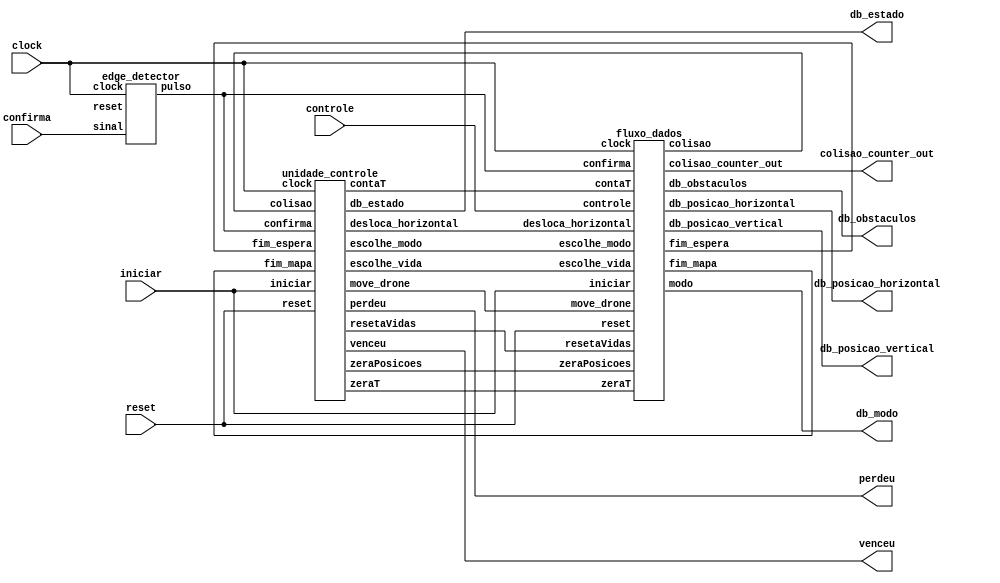
module simulador_drone(
    input clock,
    input reset,
    input iniciar,
    input [1:0] controle,
    input confirma,
    output venceu,
    output perdeu,
    output [3:0] db_posicao_horizontal,
    output [3:0] db_posicao_vertical,
    output [3:0] db_obstaculos,
    output [3:0] db_estado,
    output [1:0] db_modo,
    output [2:0] colisao_counter_out
);

wire move_drone, desloca_horizontal, zeraPosicoes, colisao, fim_espera, fim_mapa, contaT, zeraT, escolhe_modo, escolhe_vida, resetaVidas, confirma_pulso;

//wire [3:0] posicao_horizontal, posicao_vertical;


fluxo_dados fd(
    .reset(reset),
    .iniciar(iniciar),
    .controle(controle),
    .confirma(confirma_pulso),
    .clock(clock),
    .zeraPosicoes(zeraPosicoes),
    .resetaVidas(resetaVidas),
    .contaT(contaT),
    .zeraT(zeraT),
    .move_drone(move_drone),
    .desloca_horizontal(desloca_horizontal),
    .escolhe_modo(escolhe_modo),
    .escolhe_vida(escolhe_vida),
    .colisao(colisao),
    .fim_espera(fim_espera),
    .fim_mapa(fim_mapa),
    .db_posicao_horizontal(db_posicao_horizontal),
    .db_posicao_vertical(db_posicao_vertical),
    .db_obstaculos(db_obstaculos),
    .modo(db_modo),
    .colisao_counter_out(colisao_counter_out)
);
unidade_controle uc(
    .clock(clock),
    .reset(reset),
    .iniciar(iniciar),
    .confirma(confirma_pulso),
    .fim_espera(fim_espera),
    .fim_mapa(fim_mapa),
    .colisao(colisao),
    .zeraPosicoes(zeraPosicoes),
    .contaT(contaT),
    .zeraT(zeraT),
    .escolhe_modo(escolhe_modo),
    .escolhe_vida(escolhe_vida),
    .move_drone(move_drone),
    .resetaVidas(resetaVidas),
    .desloca_horizontal(desloca_horizontal),
    .venceu(venceu),
    .perdeu(perdeu),
    .db_estado(db_estado)
);

edge_detector confirma_edge(
    .clock(clock),
    .reset(),
    .sinal(confirma),
    .pulso(confirma_pulso)
);

endmodule



//------------------------------------------------------------------
// Arquivo   : sync_ram_16x4_file.v
// Projeto   : Experiencia 7 - Projeto do Jogo do Desafio da Memria
 
//------------------------------------------------------------------
// Descricao : RAM sincrona 16x4
//
//   - conteudo inicial armazenado em arquivo .txt
//   - descricao baseada em template 'single_port_ram_with_init.v' 
//     do Intel Quartus Prime
//             
//------------------------------------------------------------------
// Revisoes  :
//     Data        Versao  Autor             Descricao
//     02/02/2024  1.0     Edson Midorikawa  versao inicial
//------------------------------------------------------------------
//

module sync_ram_16x4_file #(
    parameter BINFILE = "ram_init.txt"
)
(
    input        clk,
    input        we,
    input  [3:0] data,
    input  [3:0] addr,
    output [3:0] q
);

    // Variavel RAM (armazena dados)
    reg [3:0] ram[15:0];

    // Registra endereco de acesso
    reg [3:0] addr_reg;

    // Especifica conteudo inicial da RAM
    // a partir da leitura de arquivo usando $readmemb
    initial 
    begin : INICIA_RAM
        // leitura do conteudo a partir de um arquivo
        //$readmemb(BINFILE, ram);
        ram[0] <= 4'b0000;
        ram[1] <= 4'b0010;
        ram[2] <= 4'b0100;
        ram[3] <= 4'b1000;
        ram[4] <= 4'b0100;
        ram[5] <= 4'b0010;
        ram[6] <= 4'b0001;
        ram[7] <= 4'b0001;
        ram[8] <= 4'b0010;
        ram[9] <= 4'b0010;
        ram[10] <= 4'b0100;
        ram[11] <= 4'b0100;
        ram[12] <= 4'b1000;
        ram[13] <= 4'b1000;
        ram[14] <= 4'b0001;
        ram[15] <= 4'b0100;

    end 

    always @ (posedge clk)
    begin
        // Escrita da memoria
        if (we)
            ram[addr] <= data;

        addr_reg <= addr;
    end

    // Atribuicao continua retorna dado
    assign q = ram[addr_reg];

endmodule//------------------------------------------------------------------
// Arquivo   : contador_163.v
// Projeto   : Experiencia 3 - Um Fluxo de Dados Simples
//------------------------------------------------------------------
// Descricao : Contador binario de 4 bits, modulo 16
//             similar ao componente 74163
//
// baseado no componente Vrcntr4u.v do livro Digital Design Principles 
// and Practices, Fifth Edition, by John F. Wakerly              
//------------------------------------------------------------------
// Revisoes  :
//     Data        Versao  Autor             Descricao
//     14/12/2023  1.0     Edson Midorikawa  versao inicial
//------------------------------------------------------------------
//
module contador_163 ( clock, clr, ld, ent, enp, D, Q, rco );
    input clock, clr, ld, ent, enp;
    input [3:0] D;
    output reg [3:0] Q;
    output reg rco;

    always @ (posedge clock)
        if (~clr)               Q <= 4'd0;
        else if (~ld)           Q <= D;
        else if (ent && enp)    Q <= Q + 1;
        else                    Q <= Q;
 
    always @ (Q or ent)
        if (ent && (Q == 4'd15))   rco = 1;
        else                       rco = 0;
endmodule/* -----------------------------------------------------------------
 *  Arquivo   : comparador_85.v
 *  Projeto   : Experiencia 3 - Um Fluxo de Dados Simples
 * -----------------------------------------------------------------
 * Descricao : comparador de magnitude de 4 bits 
 *             similar ao CI 7485
 *             baseado em descricao comportamental disponivel em	
 * https://web.eecs.umich.edu/~jhayes/iscas.restore/74L85b.v
 * -----------------------------------------------------------------
 * Revisoes  :
 *     Data        Versao  Autor             Descricao
 *     21/12/2023  1.0     Edson Midorikawa  criacao
 * -----------------------------------------------------------------
 */

module comparador_85 (ALBi, AGBi, AEBi, A, B, ALBo, AGBo, AEBo);

    input[3:0] A, B;
    input      ALBi, AGBi, AEBi;
    output     ALBo, AGBo, AEBo;
    wire[4:0]  CSL, CSG;

    assign CSL  = ~A + B + ALBi;
    assign ALBo = ~CSL[4];
    assign CSG  = A + ~B + AGBi;
    assign AGBo = ~CSG[4];
    assign AEBo = ((A == B) && AEBi);

endmodule /* comparador_85 */
module contador_4_mais_menos_limitado ( clock, clr, ld, soma, sub, enp, D, Q, rco);
    input clock, clr, ld, enp, soma, sub;
    input [1:0] D;
    output reg [1:0] Q;
    output reg rco;

    always @ (posedge clock)
        if (~clr)               Q <= 2'b0;
        else if (~ld)           Q <= D;
        else if (enp) begin
            if (soma == 1 && Q!=2'b11)        Q <= Q + 1;
            else if (sub == 1 && Q!=2'b00)     Q <= Q - 1;
        end
        else                    Q <= Q;
 
    always @ (Q or enp)
        if (enp && (Q == 2'b00))   rco = 1;
        else                       rco = 0;
endmodule//------------------------------------------------------------------
// Arquivo   : contador_163.v
// Projeto   : Experiencia 3 - Um Fluxo de Dados Simples
//------------------------------------------------------------------
// Descricao : Contador binario de 4 bits, modulo 16
//             similar ao componente 74163
//
// baseado no componente Vrcntr4u.v do livro Digital Design Principles 
// and Practices, Fifth Edition, by John F. Wakerly              
//------------------------------------------------------------------
// Revisoes  :
//     Data        Versao  Autor             Descricao
//     14/12/2023  1.0     Edson Midorikawa  versao inicial
//------------------------------------------------------------------
//
module contador_5 ( clock, clr, ld, ent, enp, D, Q, rco );
    input clock, clr, ld, ent, enp;
    input [2:0] D;
    output reg [2:0] Q;
    output reg rco;

    always @ (posedge clock)
        if (~clr)               Q <= 3'd0;
        else if (~ld)           Q <= D;
        else if (ent && enp)    Q <= Q + 1;
        else                    Q <= Q;
 
    always @ (Q or ent)
        if (ent && (Q == 3'b111))   rco = 1;
        else                       rco = 0;
endmodule
module contador_1_5_mais_menos_limitado ( clock, clr, ld, soma, sub, enp, D, Q, rco);
    input clock, clr, ld, enp, soma, sub;
    input [2:0] D;
    output reg [2:0] Q;
    output reg rco;

    always @ (posedge clock)
        if (~clr)               Q <= 3'b000;
        else if (~ld)           Q <= D;
        else if (enp) begin
            if (soma == 1 && Q!=3'b101)        Q <= Q + 1;
            else if (sub == 1 && Q!=3'b001)     Q <= Q - 1;
        end
        else                    Q <= Q;
 
    always @ (Q or enp)
        if (enp && (Q == 3'b00))   rco = 1;
        else                       rco = 0;
endmodule
/*---------------Laboratorio Digital-------------------------------------
 * Arquivo   : contador_m.v
 * Projeto   : Experiencia 5 - Desenvolvimento de Projeto de 
 *                             Circuitos Digitais em FPGA
 *-----------------------------------------------------------------------
 * Descricao : contador binario, modulo m, com parametros 
 *             M (modulo do contador) e N (numero de bits),
 *             sinais para clear assincrono (zera_as) e sincrono (zera_s)
 *             e saidas de fim e meio de contagem
 *             
 *-----------------------------------------------------------------------
 * Revisoes  :
 *     Data        Versao  Autor             Descricao
 *     30/01/2024  1.0     Edson Midorikawa  criacao
 *-----------------------------------------------------------------------
 */

module contador_m_2 #(parameter M=2000, N=13)
  (
   input  wire          clock,
   input  wire          zera_as,
   input  wire          zera_s,
   input  wire          conta,
   output reg  [N-1:0]  Q,
   output reg           fim,
   output reg           meio
  );

  always @(posedge clock or posedge zera_as) begin
    if (zera_as) begin
      Q <= 0;
    end else if (clock) begin
      if (zera_s) begin
        Q <= 0;
      end else if (conta) begin
        if (Q == M-1) begin
          Q <= 0;
        end else begin
          Q <= Q + 1;
        end
      end
    end
  end

  // Saidas
  always @ (Q)
      if (Q == M-1)   fim = 1;
      else            fim = 0;

  always @ (Q)
      if (Q == M/2-1) meio = 1;
      else            meio = 0;

endmodule

/*---------------Laboratorio Digital-------------------------------------
 * Arquivo   : contador_m.v
 * Projeto   : Experiencia 5 - Desenvolvimento de Projeto de 
 *                             Circuitos Digitais em FPGA
 *-----------------------------------------------------------------------
 * Descricao : contador binario, modulo m, com parametros 
 *             M (modulo do contador) e N (numero de bits),
 *             sinais para clear assincrono (zera_as) e sincrono (zera_s)
 *             e saidas de fim e meio de contagem
 *             
 *-----------------------------------------------------------------------
 * Revisoes  :
 *     Data        Versao  Autor             Descricao
 *     30/01/2024  1.0     Edson Midorikawa  criacao
 *-----------------------------------------------------------------------
 */

module contador_m_1 #(parameter M=1000, N=11)
  (
   input  wire          clock,
   input  wire          zera_as,
   input  wire          zera_s,
   input  wire          conta,
   output reg  [N-1:0]  Q,
   output reg           fim,
   output reg           meio
  );

  always @(posedge clock or posedge zera_as) begin
    if (zera_as) begin
      Q <= 0;
    end else if (clock) begin
      if (zera_s) begin
        Q <= 0;
      end else if (conta) begin
        if (Q == M-1) begin
          Q <= 0;
        end else begin
          Q <= Q + 1;
        end
      end
    end
  end

  // Saidas
  always @ (Q)
      if (Q == M-1)   fim = 1;
      else            fim = 0;

  always @ (Q)
      if (Q == M/2-1) meio = 1;
      else            meio = 0;

endmodule

/*---------------Laboratorio Digital-------------------------------------
 * Arquivo   : contador_m.v
 * Projeto   : Experiencia 5 - Desenvolvimento de Projeto de 
 *                             Circuitos Digitais em FPGA
 *-----------------------------------------------------------------------
 * Descricao : contador binario, modulo m, com parametros 
 *             M (modulo do contador) e N (numero de bits),
 *             sinais para clear assincrono (zera_as) e sincrono (zera_s)
 *             e saidas de fim e meio de contagem
 *             
 *-----------------------------------------------------------------------
 * Revisoes  :
 *     Data        Versao  Autor             Descricao
 *     30/01/2024  1.0     Edson Midorikawa  criacao
 *-----------------------------------------------------------------------
 */

module contador_m_05 #(parameter M=500, N=10)
  (
   input  wire          clock,
   input  wire          zera_as,
   input  wire          zera_s,
   input  wire          conta,
   output reg  [N-1:0]  Q,
   output reg           fim,
   output reg           meio
  );

  always @(posedge clock or posedge zera_as) begin
    if (zera_as) begin
      Q <= 0;
    end else if (clock) begin
      if (zera_s) begin
        Q <= 0;
      end else if (conta) begin
        if (Q == M-1) begin
          Q <= 0;
        end else begin
          Q <= Q + 1;
        end
      end
    end
  end

  // Saidas
  always @ (Q)
      if (Q == M-1)   fim = 1;
      else            fim = 0;

  always @ (Q)
      if (Q == M/2-1) meio = 1;
      else            meio = 0;

endmodule
module converte_2b_4b( 
    input  [1:0] posicao_2b,
    output [3:0] posicao_4b
);


assign posicao_4b = posicao_2b == 2'b00 ? 4'b0001 :
                    posicao_2b == 2'b01 ? 4'b0010 :
                    posicao_2b == 2'b10 ? 4'b0100 :
                    posicao_2b == 2'b11 ? 4'b1000 : 4'bxxxx; 


endmodule/* ------------------------------------------------------------------------
 *  Arquivo   : edge_detector.v
 *  Projeto   : Experiencia 5 - Desenvolvimento de Projeto de
 *                              Circuitos Digitais com FPGA
 * ------------------------------------------------------------------------
 *  Descricao : detector de borda
 *              gera um pulso na saida de 1 periodo de clock
 *              a partir da detecao da borda de subida sa entrada
 * 
 *              sinal de reset ativo em alto
 * 
 *              > codigo adaptado a partir de codigo VHDL disponivel em
 *                https://surf-vhdl.com/how-to-design-a-good-edge-detector/
 * ------------------------------------------------------------------------
 *  Revisoes  :
 *      Data        Versao  Autor             Descricao
 *      26/01/2024  1.0     Edson Midorikawa  versao inicial
 * ------------------------------------------------------------------------
 */
 
module edge_detector (
    input  clock,
    input  reset,
    input  sinal,
    output pulso
);

    reg reg0;
    reg reg1;

    always @(posedge clock or posedge reset) begin
        if (reset) begin
            reg0 <= 1'b0;
            reg1 <= 1'b0;
        end else if (clock) begin
            reg0 <= sinal;
            reg1 <= reg0;
        end
    end

    assign pulso = ~reg1 & reg0;

endmodule
module fluxo_dados(
input reset,
input iniciar,
input [1:0] controle,
input confirma,
input clock,
input zeraPosicoes,
input resetaVidas,
input contaT,
input zeraT,
input move_drone,
input desloca_horizontal,
input escolhe_modo,
input escolhe_vida,
output colisao,
output fim_espera,
output fim_mapa,
output [3:0] db_posicao_horizontal,
output [3:0] db_posicao_vertical,
output [3:0] db_obstaculos,
output [1:0] modo,
output [2:0] colisao_counter_out
);

wire [1:0] posicao_vertical;
wire [3:0] obstaculos, posicao_horizontal;
wire [2:0] fim_espera_interno, vidas, colisao_counter;
wire [1:0] modo_interno;
wire [1:0] borda_controle;
wire borda, colisao_interno;


contador_163 contador_posicao_horizontal(
    .clock(clock),
    .clr(~zeraPosicoes),
    .ld(1'b1),
    .ent(1'b1),
    .enp(desloca_horizontal),
    .D(),
    .Q(posicao_horizontal),
    .rco(fim_mapa) 
);

contador_m_2 contador_tempo_jogada_facil(
    .clock(clock),
    .zera_as(1'b0),
    .zera_s(zeraT),
    .conta(contaT),
    .Q(),
    .fim(fim_espera_interno[0]),
    .meio()
);

contador_m_1 contador_tempo_jogada_medio(
    .clock(clock),
    .zera_as(1'b0),
    .zera_s(zeraT),
    .conta(contaT),
    .Q(),
    .fim(fim_espera_interno[1]),
    .meio()
);

contador_m_05 contador_tempo_jogada_dificl(
    .clock(clock),
    .zera_as(1'b0),
    .zera_s(zeraT),
    .conta(contaT),
    .Q(),
    .fim(fim_espera_interno[2]),
    .meio()
);

sync_ram_16x4_file mapa_jogo(
    .clk(clock),
    .we(1'b0),
    .data(4'b0),
    .addr(posicao_horizontal + 4'b0001),
    .q(obstaculos)
);

contador_4_mais_menos_limitado contador_posicao_vertical(
    .clock(clock), 
    .clr(1'b1), 
    .ld(~zeraPosicoes), 
    .soma(controle[0]), 
    .sub(controle[1]), 
    .enp(move_drone & borda), 
    .D(2'b10), 
    .Q(posicao_vertical), 
    .rco()
);


contador_3_mais_menos contador_modo( // 0 = FACIL, 1 = MEDIO, 2 = DIFICIL
    .clock(clock),
    .clr(~iniciar),
    .ld(1'b1),
    .soma(controle[0]),
    .sub(controle[1]),
    .enp(escolhe_modo & borda),
    .D(),
    .Q(modo_interno),
    .rco()
);

contador_1_5_mais_menos_limitado contador_vidas(
    .clock(clock), 
    .clr(1'b1), 
    .ld(~resetaVidas), 
    .soma(controle[0]), 
    .sub(controle[1]), 
    .enp(escolhe_vida & borda), 
    .D(3'b001), 
    .Q(vidas), 
    .rco()
);

contador_5 contador_colisao(
    .clock(clock),
    .clr(~zeraPosicoes),
    .ld(1'b1),
    .ent(colisao_interno),
    .enp(desloca_horizontal),
    .D(),
    .Q(colisao_counter),
    .rco()
);


edge_detector detector_borda0(
    .clock(clock),
    .reset(1'b0),
    .sinal(controle[0]),
    .pulso(borda_controle[0])
);

edge_detector detector_borda1(
    .clock(clock),
    .reset(1'b0),
    .sinal(controle[1]),
    .pulso(borda_controle[1])
);


converte_2b_4b conversor_posicao( // ENCODER
    .posicao_2b(posicao_vertical),
    .posicao_4b(db_posicao_vertical)
);

assign db_posicao_horizontal = posicao_horizontal;
assign db_obstaculos = obstaculos;
assign colisao_interno = obstaculos[posicao_vertical] == 1 ? 1'b1 : 1'b0;
assign fim_espera = fim_espera_interno[modo_interno];
assign modo = modo_interno;
assign borda = borda_controle[0] | borda_controle[1];
assign colisao = ((colisao_interno == 1) & (colisao_counter == vidas)) ? 1'b1 : 1'b0;
assign colisao_counter_out = colisao_counter;

endmodule//------------------------------------------------------------------
// Arquivo   : exp4_unidade_controle.v
// Projeto   : Experiencia 4 - Projeto de uma Unidade de Controle
//------------------------------------------------------------------
// Descricao : Unidade de controle
//
// usar este codigo como template (modelo) para codificar 
// mquinas de estado de unidades de controle            
//------------------------------------------------------------------
// Revisoes  :
//     Data        Versao  Autor             Descricao
//     14/01/2024  1.0     Edson Midorikawa  versao inicial
//------------------------------------------------------------------
//
module unidade_controle (
    input      clock,
    input      reset,
    input      iniciar,
    input      confirma,
    input      fim_espera,
    input      fim_mapa,
    input      colisao,
    output reg zeraPosicoes,
    output reg contaT,
    output reg zeraT,
    output reg escolhe_modo,
    output reg escolhe_vida,
    output reg move_drone,
    output reg desloca_horizontal,
    output reg resetaVidas,
    output reg venceu,
    output reg perdeu,
    output reg [3:0] db_estado
);

    // Define estados
    parameter inicial    = 4'b0000;  // 0
    parameter modo       = 4'b0010;  // 2
    parameter vidas      = 4'b1001;  // 9
    parameter preparacao = 4'b0001;  // 1
    parameter espera     = 4'b0011; // 3
    parameter deslocamento     = 4'b0100; // 4
    parameter checa_colisao     = 4'b0101; // 5
    parameter proximo     = 4'b0110; // 6
    parameter derrota     = 4'b0111; // 7
    parameter vitoria     = 4'b1000; // 8
    
    // Variaveis de estado
    reg [3:0] Eatual, Eprox;

    // Memoria de estado
    always @(posedge clock or posedge reset) begin
        if (reset)
            Eatual <= inicial;
        else
            Eatual <= Eprox;
    end

    // Logica de proximo estado
    always @* begin
        case (Eatual)
            inicial:    Eprox = iniciar ? modo : inicial;
            modo:       Eprox = confirma ? vidas : modo;
            vidas:      Eprox = confirma ? preparacao : vidas;
            preparacao: Eprox = espera;
            espera:     Eprox = fim_espera ? deslocamento : espera;
            deslocamento: Eprox = checa_colisao;
            checa_colisao: Eprox = colisao ? derrota : proximo;
            proximo:    Eprox = fim_mapa ? vitoria : espera; 
            derrota:   Eprox = iniciar ? modo : derrota;
            vitoria:   Eprox = iniciar ? modo : vitoria;
            default:     Eprox = inicial;
        endcase
    end

    // Logica de saida (maquina Moore)
    always @* begin
        zeraPosicoes = (Eatual == inicial || Eatual == preparacao) ? 1 : 0;
        resetaVidas = (Eatual == modo || Eatual == inicial) ? 1 : 0;
        contaT = (Eatual == espera) ? 1 : 0;
        zeraT = (Eatual == inicial || Eatual == preparacao || Eatual == proximo) ? 1 : 0; 
        move_drone = (Eatual == espera) ? 1 : 0;
        desloca_horizontal = (Eatual == deslocamento) ? 1 : 0;
        venceu = (Eatual == vitoria) ? 1 : 0;
        perdeu = (Eatual == derrota) ? 1 : 0;
        escolhe_modo = (Eatual == modo) ? 1 : 0;
        escolhe_vida = (Eatual == vidas) ? 1 : 0;
        
        // Saida de depuracao (estado) 
        case (Eatual)
            inicial:    db_estado = 4'b0000;  // 0
            modo:       db_estado = 4'b0010;  // 2
            vidas:      db_estado = 4'b1001;  // 9
            preparacao: db_estado = 4'b0001;  // 1
            espera:     db_estado = 4'b0011;  // 3
            deslocamento: db_estado = 4'b0100;  // 4
            checa_colisao: db_estado = 4'b0101;  // 5
            proximo:    db_estado = 4'b0110;  // 6
            derrota:   db_estado = 4'b0111;  // 7
            vitoria:   db_estado = 4'b1000;  // 8

            default:     db_estado = 4'b1111;  // F
        endcase
    end

endmodule
module contador_3_mais_menos ( clock, clr, ld, soma, sub, enp, D, Q, rco);
    input clock, clr, ld, enp, soma, sub;
    input [1:0] D;
    output reg [1:0] Q;
    output reg rco;

    always @ (posedge clock) begin
        if (~clr)               Q <= 2'b0;
        else if (~ld)           Q <= D;
        else if (enp) begin

            if (soma == 1) begin
                if (Q==2'b10)               Q <= 2'b0;
                else                        Q <= Q + 1;
            end 

            else if (sub == 1) begin
                if (Q==2'b00)               Q <= 2'b10;
                else                        Q <= Q - 1;
            end 

        end

        else  begin
            Q <= Q;
        end 

    end
    
 
    always @ (Q or enp)
        if (enp && (Q == 2'b00))   rco = 1;
        else                       rco = 0;
endmodule